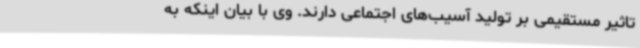
تاثیر مستقیمی بر تولید آسیب‌های اجتماعی دارند. وی با بیان اینکه به